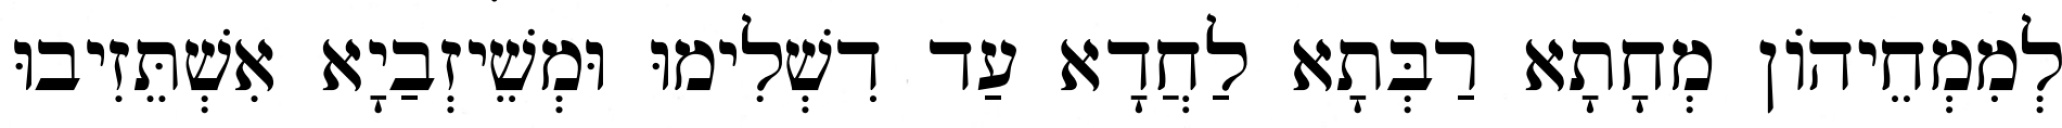
לְמִמְחֵיהוֹן מְחָתָא רַבְּתָא לַחֲדָא עַד דִשְׁלִימוּ וּמְשֵׁיזְבַיָא אִשְׁתֵּזִיבוּ